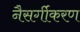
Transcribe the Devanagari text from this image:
नैसर्गीकरण